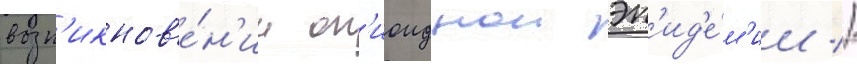
возн'икнов'е́н'ии оп'иоиднои эп'ид'е́м'ии //